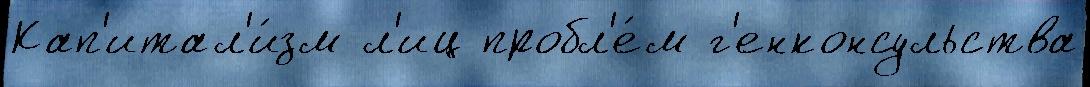
Кап'итал'и́зм л'иц пробл'е́м г'енконсульства